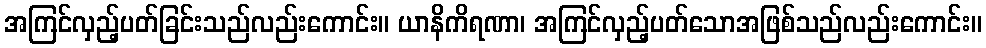
အကြင်လှည့်ပတ်ခြင်းသည်လည်းကောင်း။ ယာနိကိရဏာ၊ အကြင်လှည့်ပတ်သောအဖြစ်သည်လည်းကောင်း။